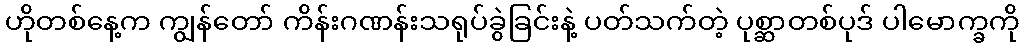
ဟိုတစ်နေ့က ကျွန်တော် ကိန်းဂဏန်းသရုပ်ခွဲခြင်းနဲ့ ပတ်သက်တဲ့ ပုစ္ဆာတစ်ပုဒ် ပါမောက္ခကို